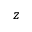
z